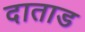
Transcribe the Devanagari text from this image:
दाताड